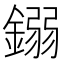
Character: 𨪤